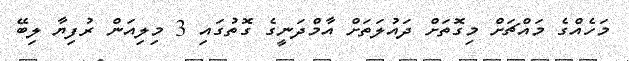
މަހެއްގެ މައްޗަށް މިގޮތަށް ދައުލަތަށް އާމްދަނީގެ ގޮތުގައި 3 މިލިއަން ރުފިޔާ ލިބޭ